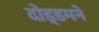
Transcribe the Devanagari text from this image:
दो़ड्डमने